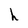
Character: h